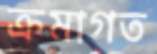
ক্রমাগত